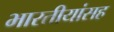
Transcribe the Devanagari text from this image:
भारतीयांसह